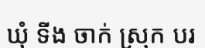
ឃុំ ទីង ចាក់ ស្រុក បរ